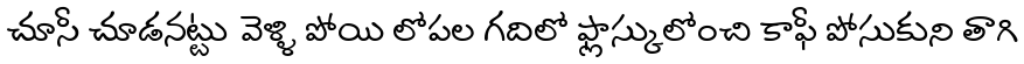
చూసీ చూడనట్టు వెళ్ళి పోయి లోపల గదిలో ఫ్లాస్కులోంచి కాఫీ పోసుకుని తాగి